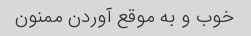
خوب و به موقع آوردن ممنون